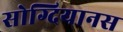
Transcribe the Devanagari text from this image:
सोग्दियानस